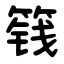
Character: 篯